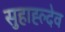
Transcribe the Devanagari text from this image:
सुहाह्ल्देव